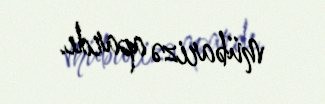
mübarizə apardı.